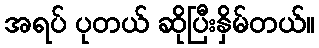
အရပ် ပုတယ် ဆိုပြီးနှိမ်တယ်။